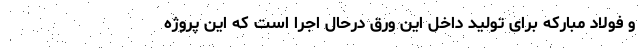
و فولاد مبارکه برای تولید داخل این ورق درحال اجرا است که این پروژه